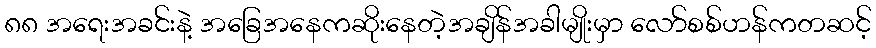
၈၈ အရေးအခင်းနဲ့ အခြေအနေကဆိုးနေတဲ့အချိန်အခါမျိုးမှာ လော်စစ်ဟန်ကတဆင့်